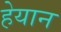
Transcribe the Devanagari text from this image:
हेयान